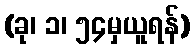
(ခု၊ ၁၊ ၅၄မှယူရန်)